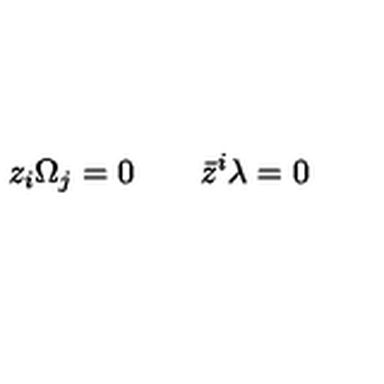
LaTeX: z _ { i } \Omega _ { j } = 0 \qquad \bar { z } ^ { i } \lambda = 0